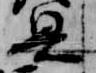
興